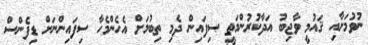
ނުވުމަށާއި ޤައުމީ ވާޖިބު އަދާކުރުންމަތީ ސިފައިން ދެމި ތިބުމަށް އެހެންމެހާ ސިފައިންނަށް ޑިފެންސް